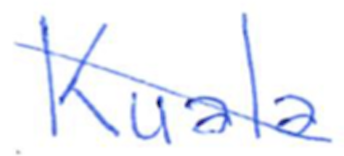
Text: Kuala
Cross-out: diagonal
Writing tool: ballpoint